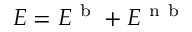
E = E ^ { \mathrm { ~ b ~ } } + E ^ { \mathrm { ~ n ~ b ~ } }